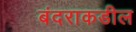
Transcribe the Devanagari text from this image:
बंदराकडील